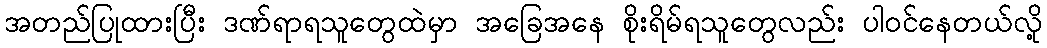
အတည်ပြုထားပြီး ဒဏ်ရာရသူတွေထဲမှာ အခြေအနေ စိုးရိမ်ရသူတွေလည်း ပါဝင်နေတယ်လို့